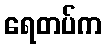
ရေတပ်က